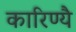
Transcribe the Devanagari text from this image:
कारिण्यै